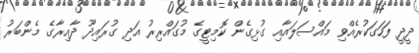
ދީދީ ފަހަގަކުރެއްވި މައްސަލައާއި ގުޅިގެން ކޮމިޓީގެ މުގައްރިރު އަދި ގުރައިދޫ ދާއިރާގެ މެންބަރު